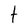
Character: t